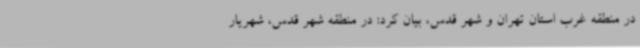
در منطقه غرب استان تهران و شهر قدس، بیان کرد: در منطقه شهر قدس، شهریار